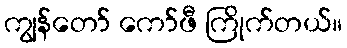
ကျွန်တော် ကော်ဖီ ကြိုက်တယ်။